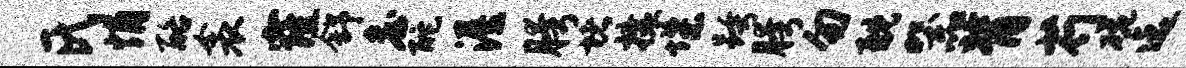
氏悄酪衾窿舒詹酡渥胯堵攘堞跨胯勿耽器背芍碗迄